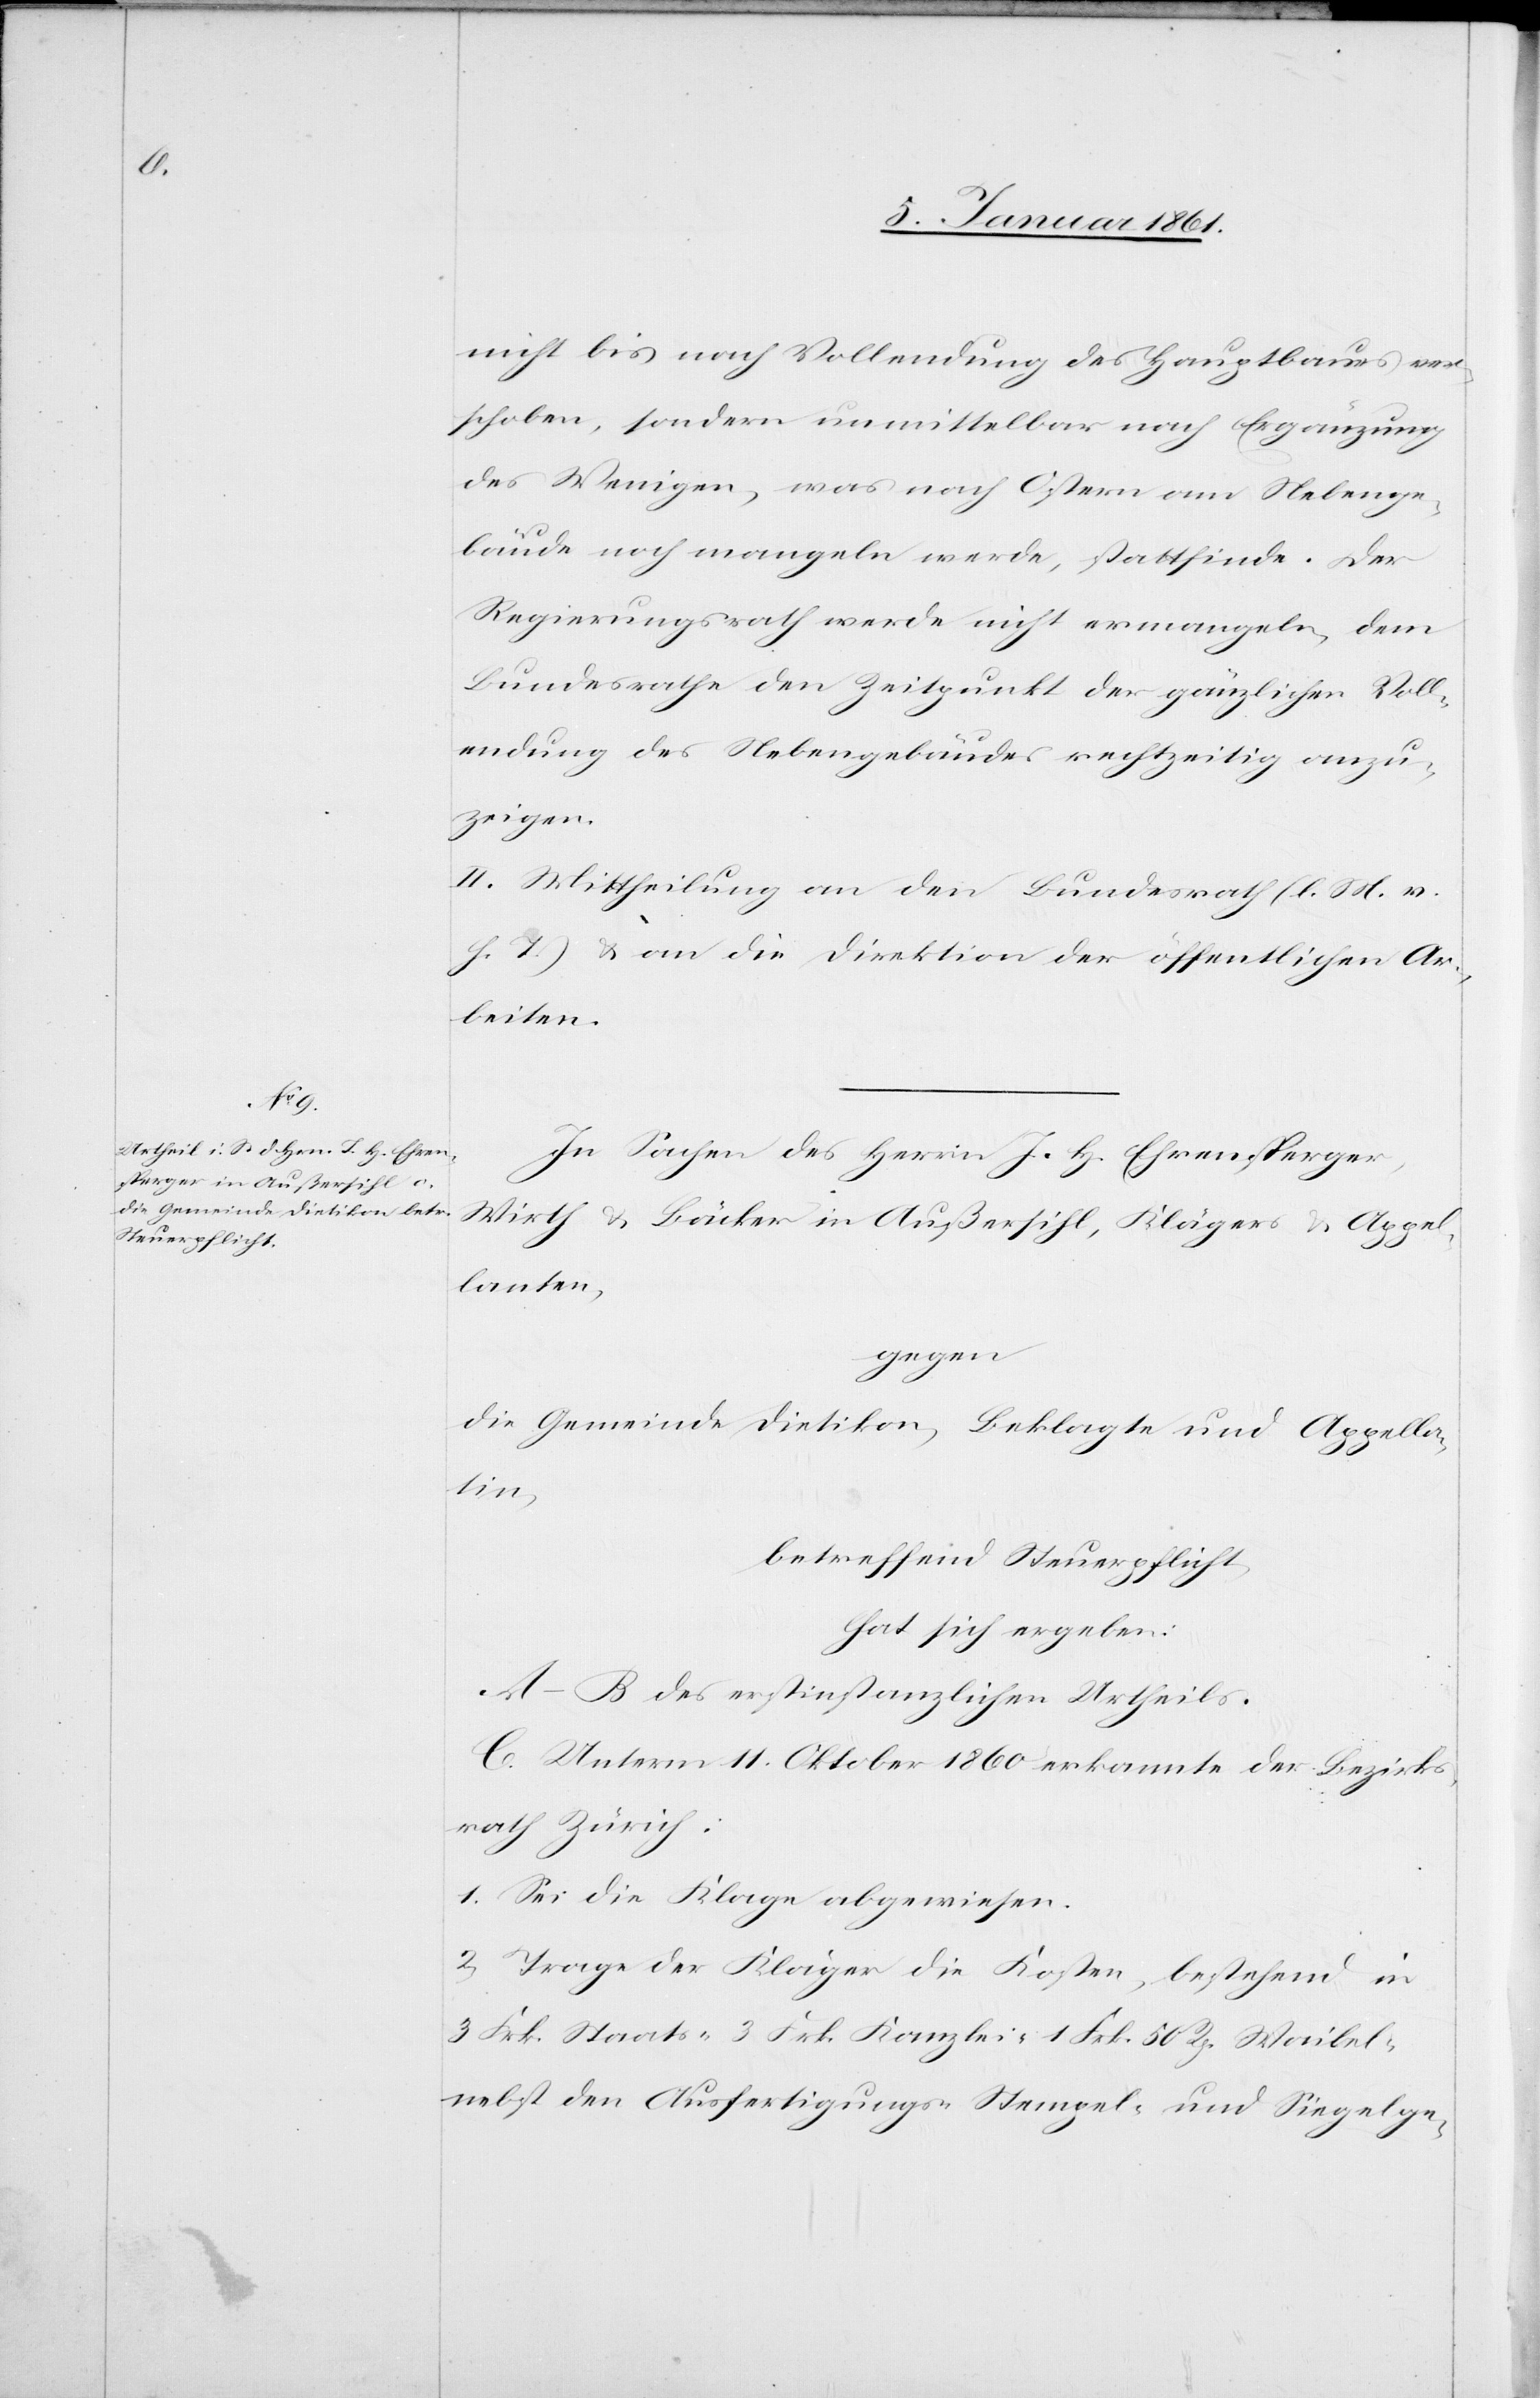
nicht bis nach Vollendung des Hauptbaues ver¬
schoben, sondern unmittelbar nach Ergänzung
des Wenigen, was nach Ostern am Nebenge¬
bäude noch mangeln werde, stattfinde. Der
Regierungsrath werde nicht ermangeln, dem
Bundesrathe den Zeitpunkt der gänzlichen Voll¬
endung des Nebengebäudes rechtzeitig anzu¬
zeigen.
II. Mittheilung an den Bundesrath (l. M. v.
h. T) u. an die Direktion der öffentlichen Ar¬
beiten.
In Sachen des Herrn J. H. Ehrensperger,
Wirth u. Bäcker in Außersihl, Kläger u. Appel¬
lanten,
gegen
die Gemeinde Dietikon, Beklagte und Appella¬
tin,
betreffend Steuerpflicht
hat sich ergeben:
A–B des erstinstanzlichen Urtheils.
C. Unterm 11. Oktober 1860 erkannte der Bezirks¬
rath Zürich:
1. Sei die Klage abgewiesen.
2. Trage der Kläger die Kosten, bestehend in
3. Frk. Staats-[,] 3 Frk. Kanzlei-[,] 1 Frk. 50 Rp Waibel-
nebst den Ausfertigungs-[,] Stempel- und Siegelge-